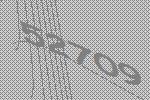
52709